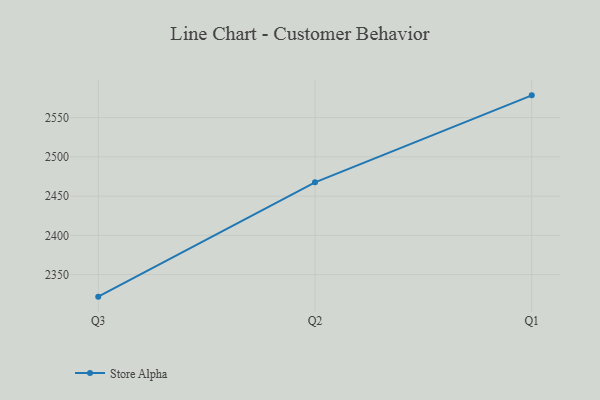
{"axis": {"x": "Quarter", "y": "Churn Rate (%)"}, "legend": ["Store Alpha"], "data": [{"x": "Q3", "y": 2321.9, "type": "Store Alpha"}, {"x": "Q2", "y": 2467.6, "type": "Store Alpha"}, {"x": "Q1", "y": 2578.4, "type": "Store Alpha"}]}